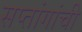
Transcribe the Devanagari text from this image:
सप्तांगांची